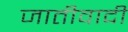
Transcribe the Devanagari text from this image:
जातीवादी